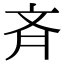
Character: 斉